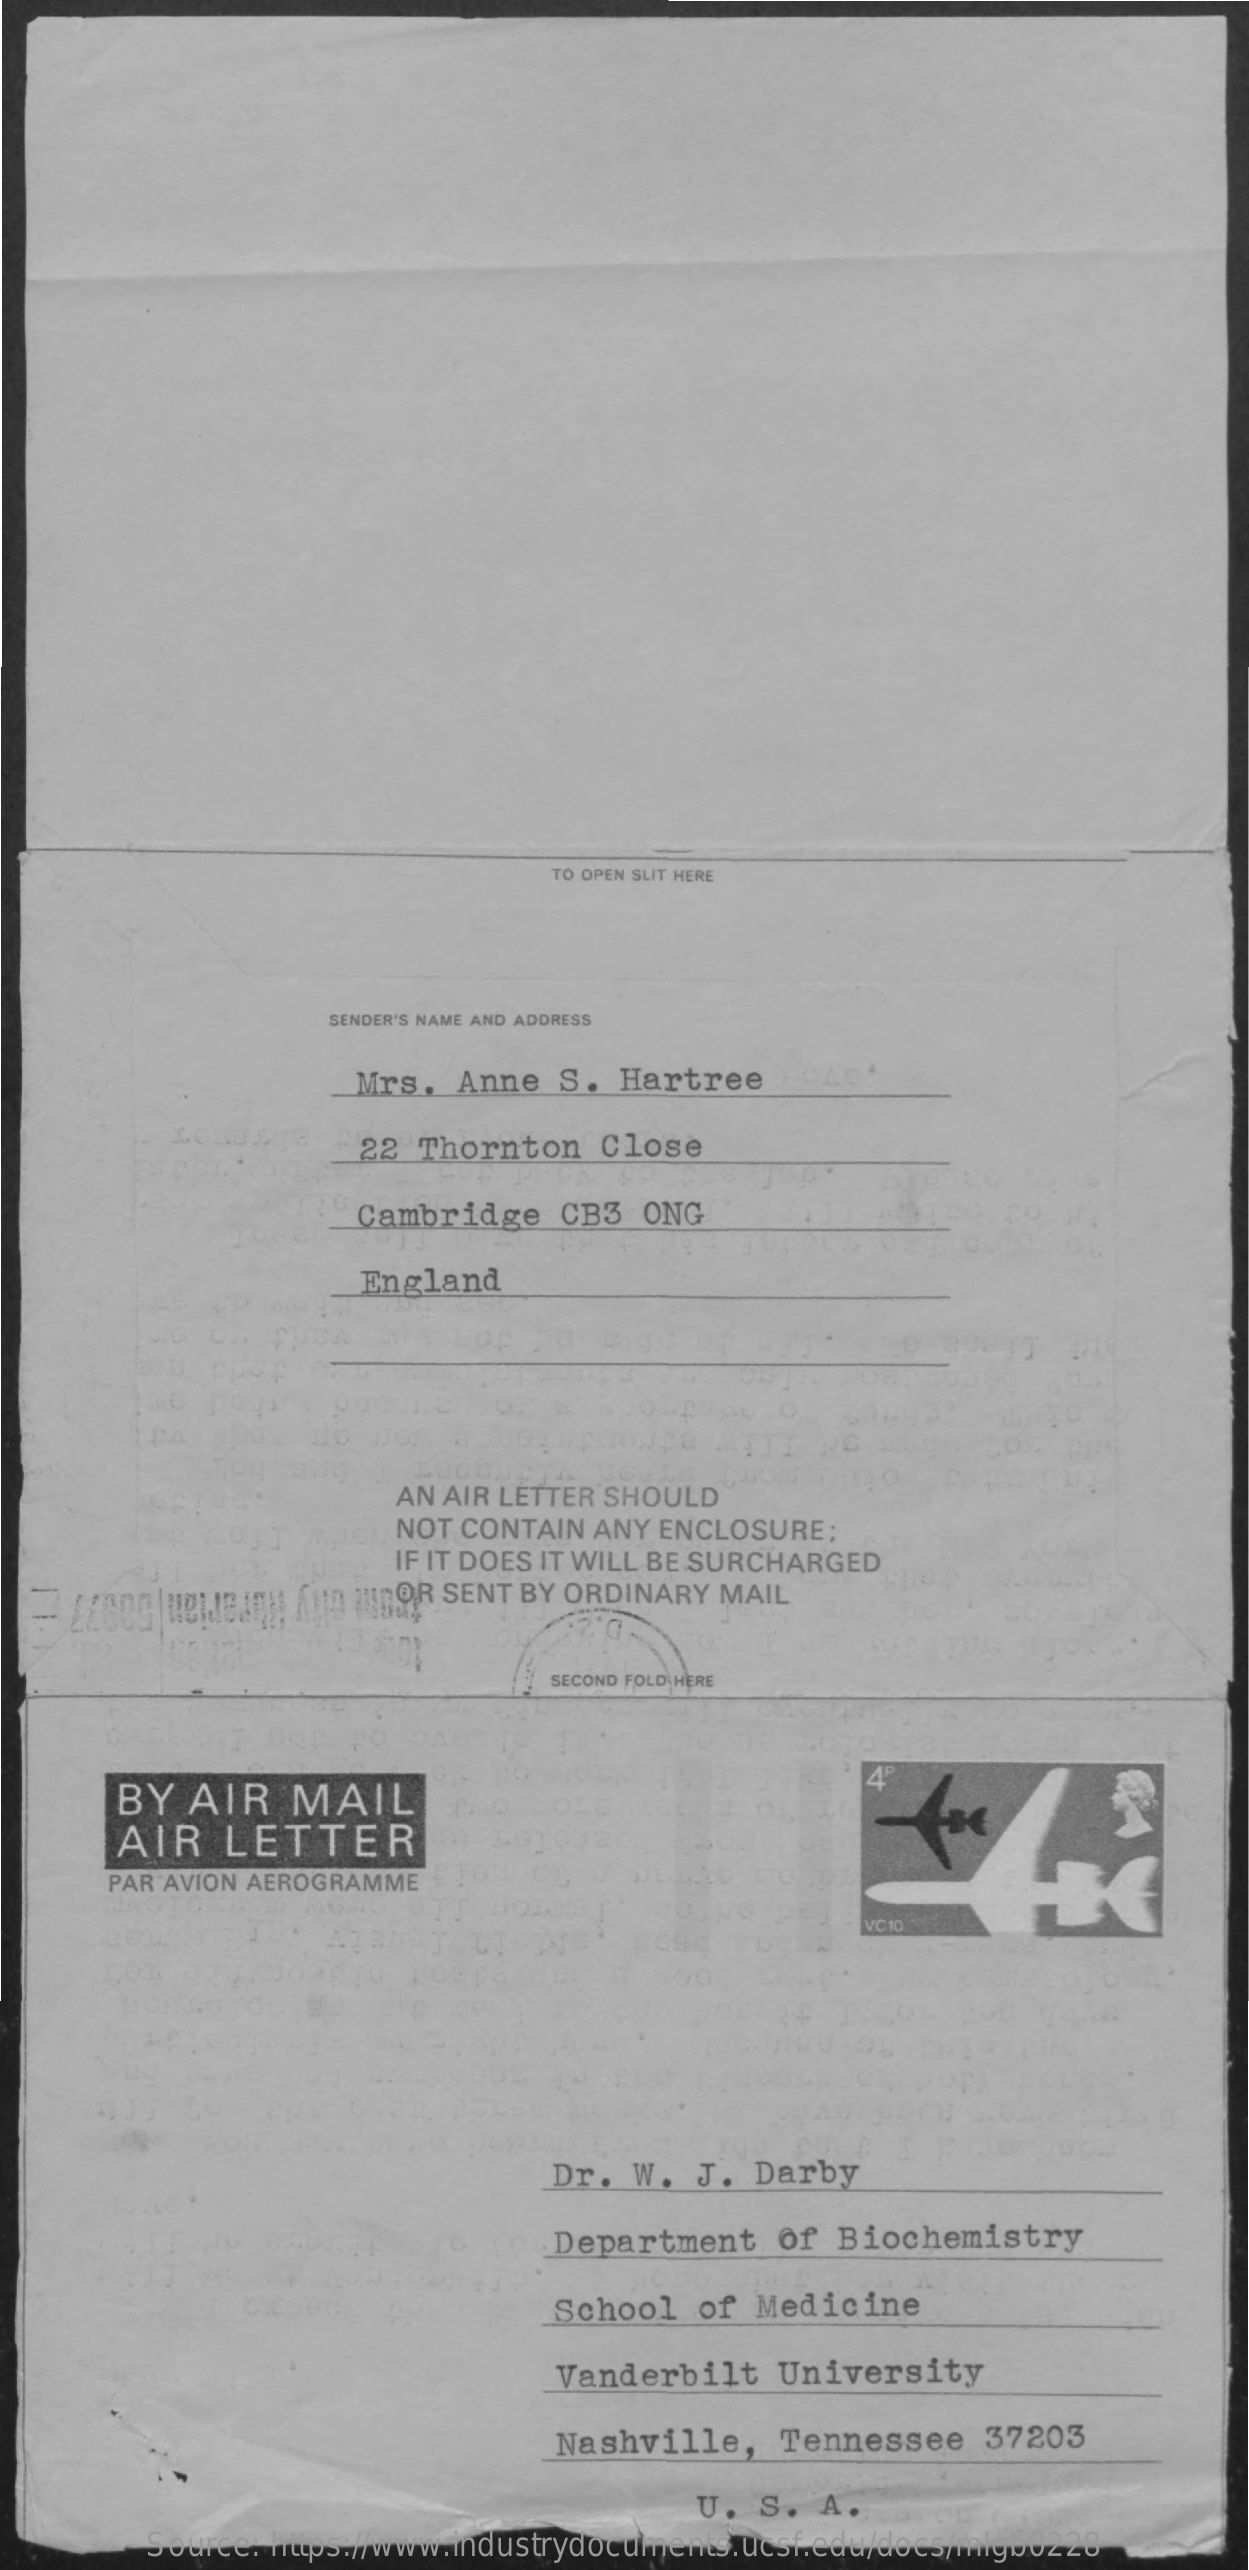
TO OPEN SLIT HERE
     SENDER'S NAME AND ADDRESS
     Mrs.  Anne   S. Hartree
     22  Thornton   Close
     Cambridge    CB3  ONG
     England
     AN AIR LETTER SHOULD
     NOT CONTAIN ANY ENCLOSURE ;
     IF IT DOES IT WILL BE SURCHARGED
     KUD PROR  SENT BY ORDINARY MAIL
     SECOND FOLD HERE
     BY   AIR   MAIL
     AIR   LETTER
     PAR AVION AEROGRAMME
     VC 10
     Dr.  W.  J.  Darby
     Department    of  Biochemistry
     School  of  Medicine
     Vanderbilt   University
     Nashville,    Tennessee    37203
     U.  S.  A.
     Source: https://www.industrydocuments.ucsf.edu/docs/mlgb0228